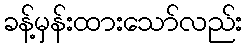
ခန့်မှန်းထားသော်လည်း